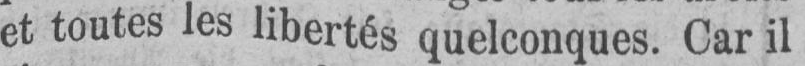
et toutes les libertés quelconques. Car il